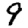
Digit: 9